38_143685_box_Incident_Summaries_173-233
Agency: Department of War
Page 119
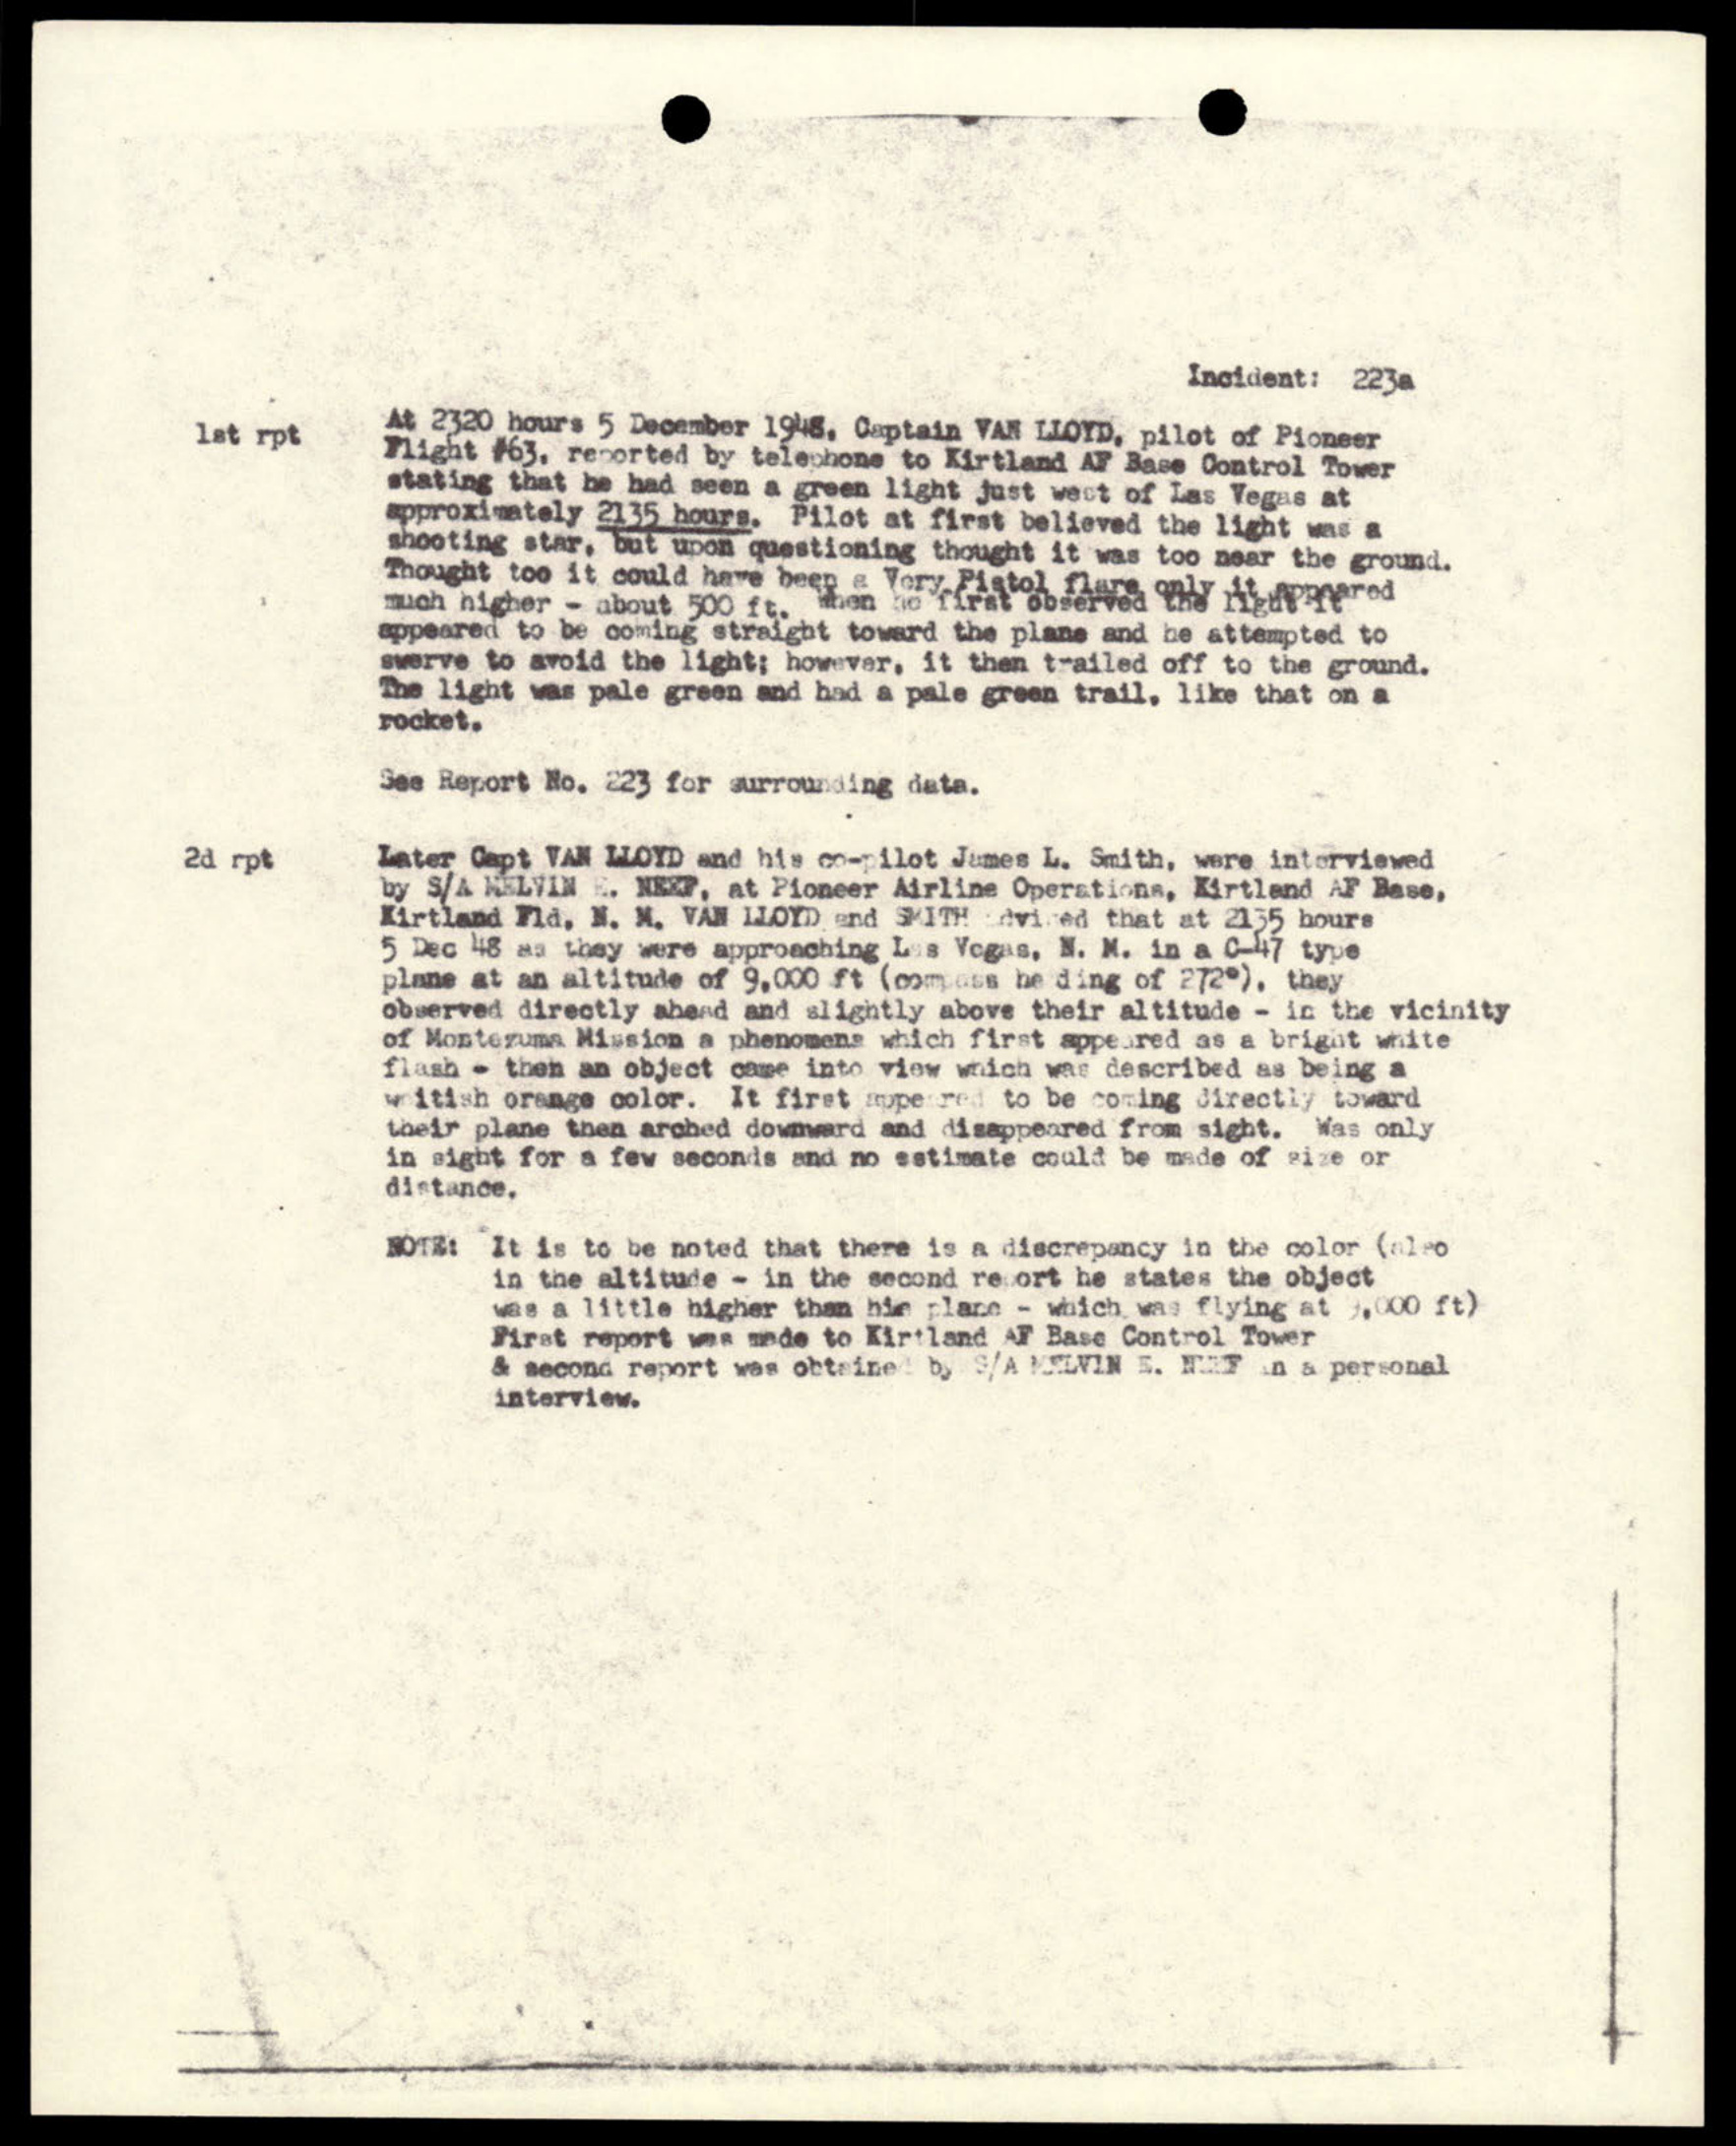